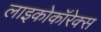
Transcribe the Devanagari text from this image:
लाइकोकॉरेक्स